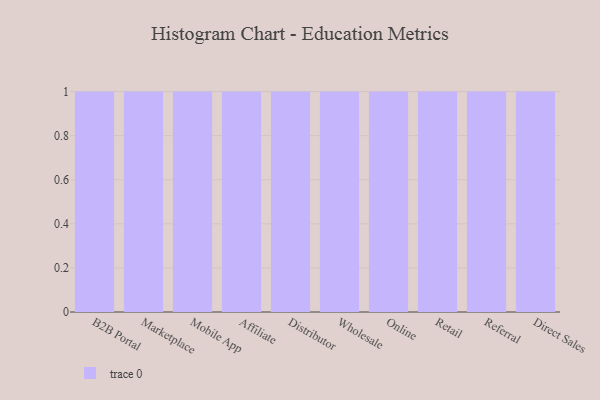
{"axis": {"x": "Channel", "y": "Production Output"}, "legend": [""], "data": [{"x": "B2B Portal", "y": 53, "type": ""}, {"x": "Marketplace", "y": 3, "type": ""}, {"x": "Mobile App", "y": 73, "type": ""}, {"x": "Affiliate", "y": 92, "type": ""}, {"x": "Distributor", "y": 4, "type": ""}, {"x": "Wholesale", "y": 74, "type": ""}, {"x": "Online", "y": 28, "type": ""}, {"x": "Retail", "y": 20, "type": ""}, {"x": "Referral", "y": 51, "type": ""}, {"x": "Direct Sales", "y": 44, "type": ""}]}